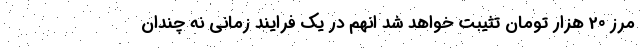
مرز 20 هزار تومان تثیبت خواهد شد انهم در یک فرایند زمانی نه چندان